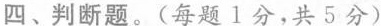
四、判断题。(每题1分，共5分)